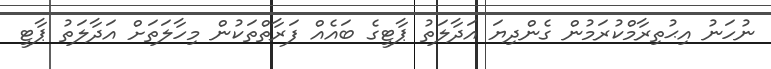
ނުހަނު އިޙުތިރާމްކުރަމުން ގެންދިޔަ އަދާލަތު ޕާޓީގެ ބައެއް ފަރާތްތަކުން މިހާލަތަށް އަދާލަތު ޕާޓީ